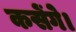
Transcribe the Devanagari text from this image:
कसेंगे।